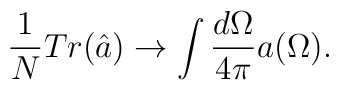
\frac{1}{N}Tr (\hat{a})\rightarrow \int \frac{d\Omega}{4\pi}a(\Omega).